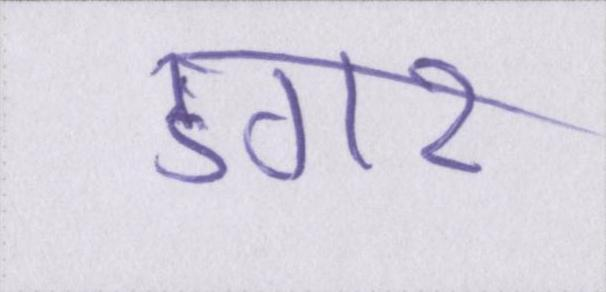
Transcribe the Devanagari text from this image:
डगर